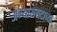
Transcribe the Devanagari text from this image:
अभ्यासगटाच्या